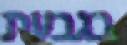
בגבעת